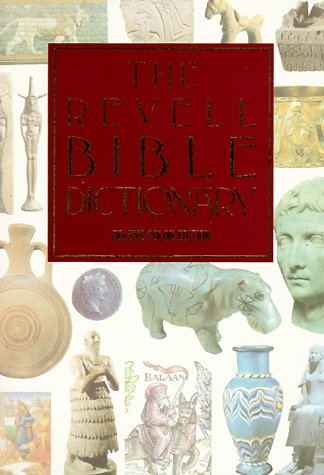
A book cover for The Revell Bible Dictionary [Deluxe Color Edition]; Christian Books & Bibles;